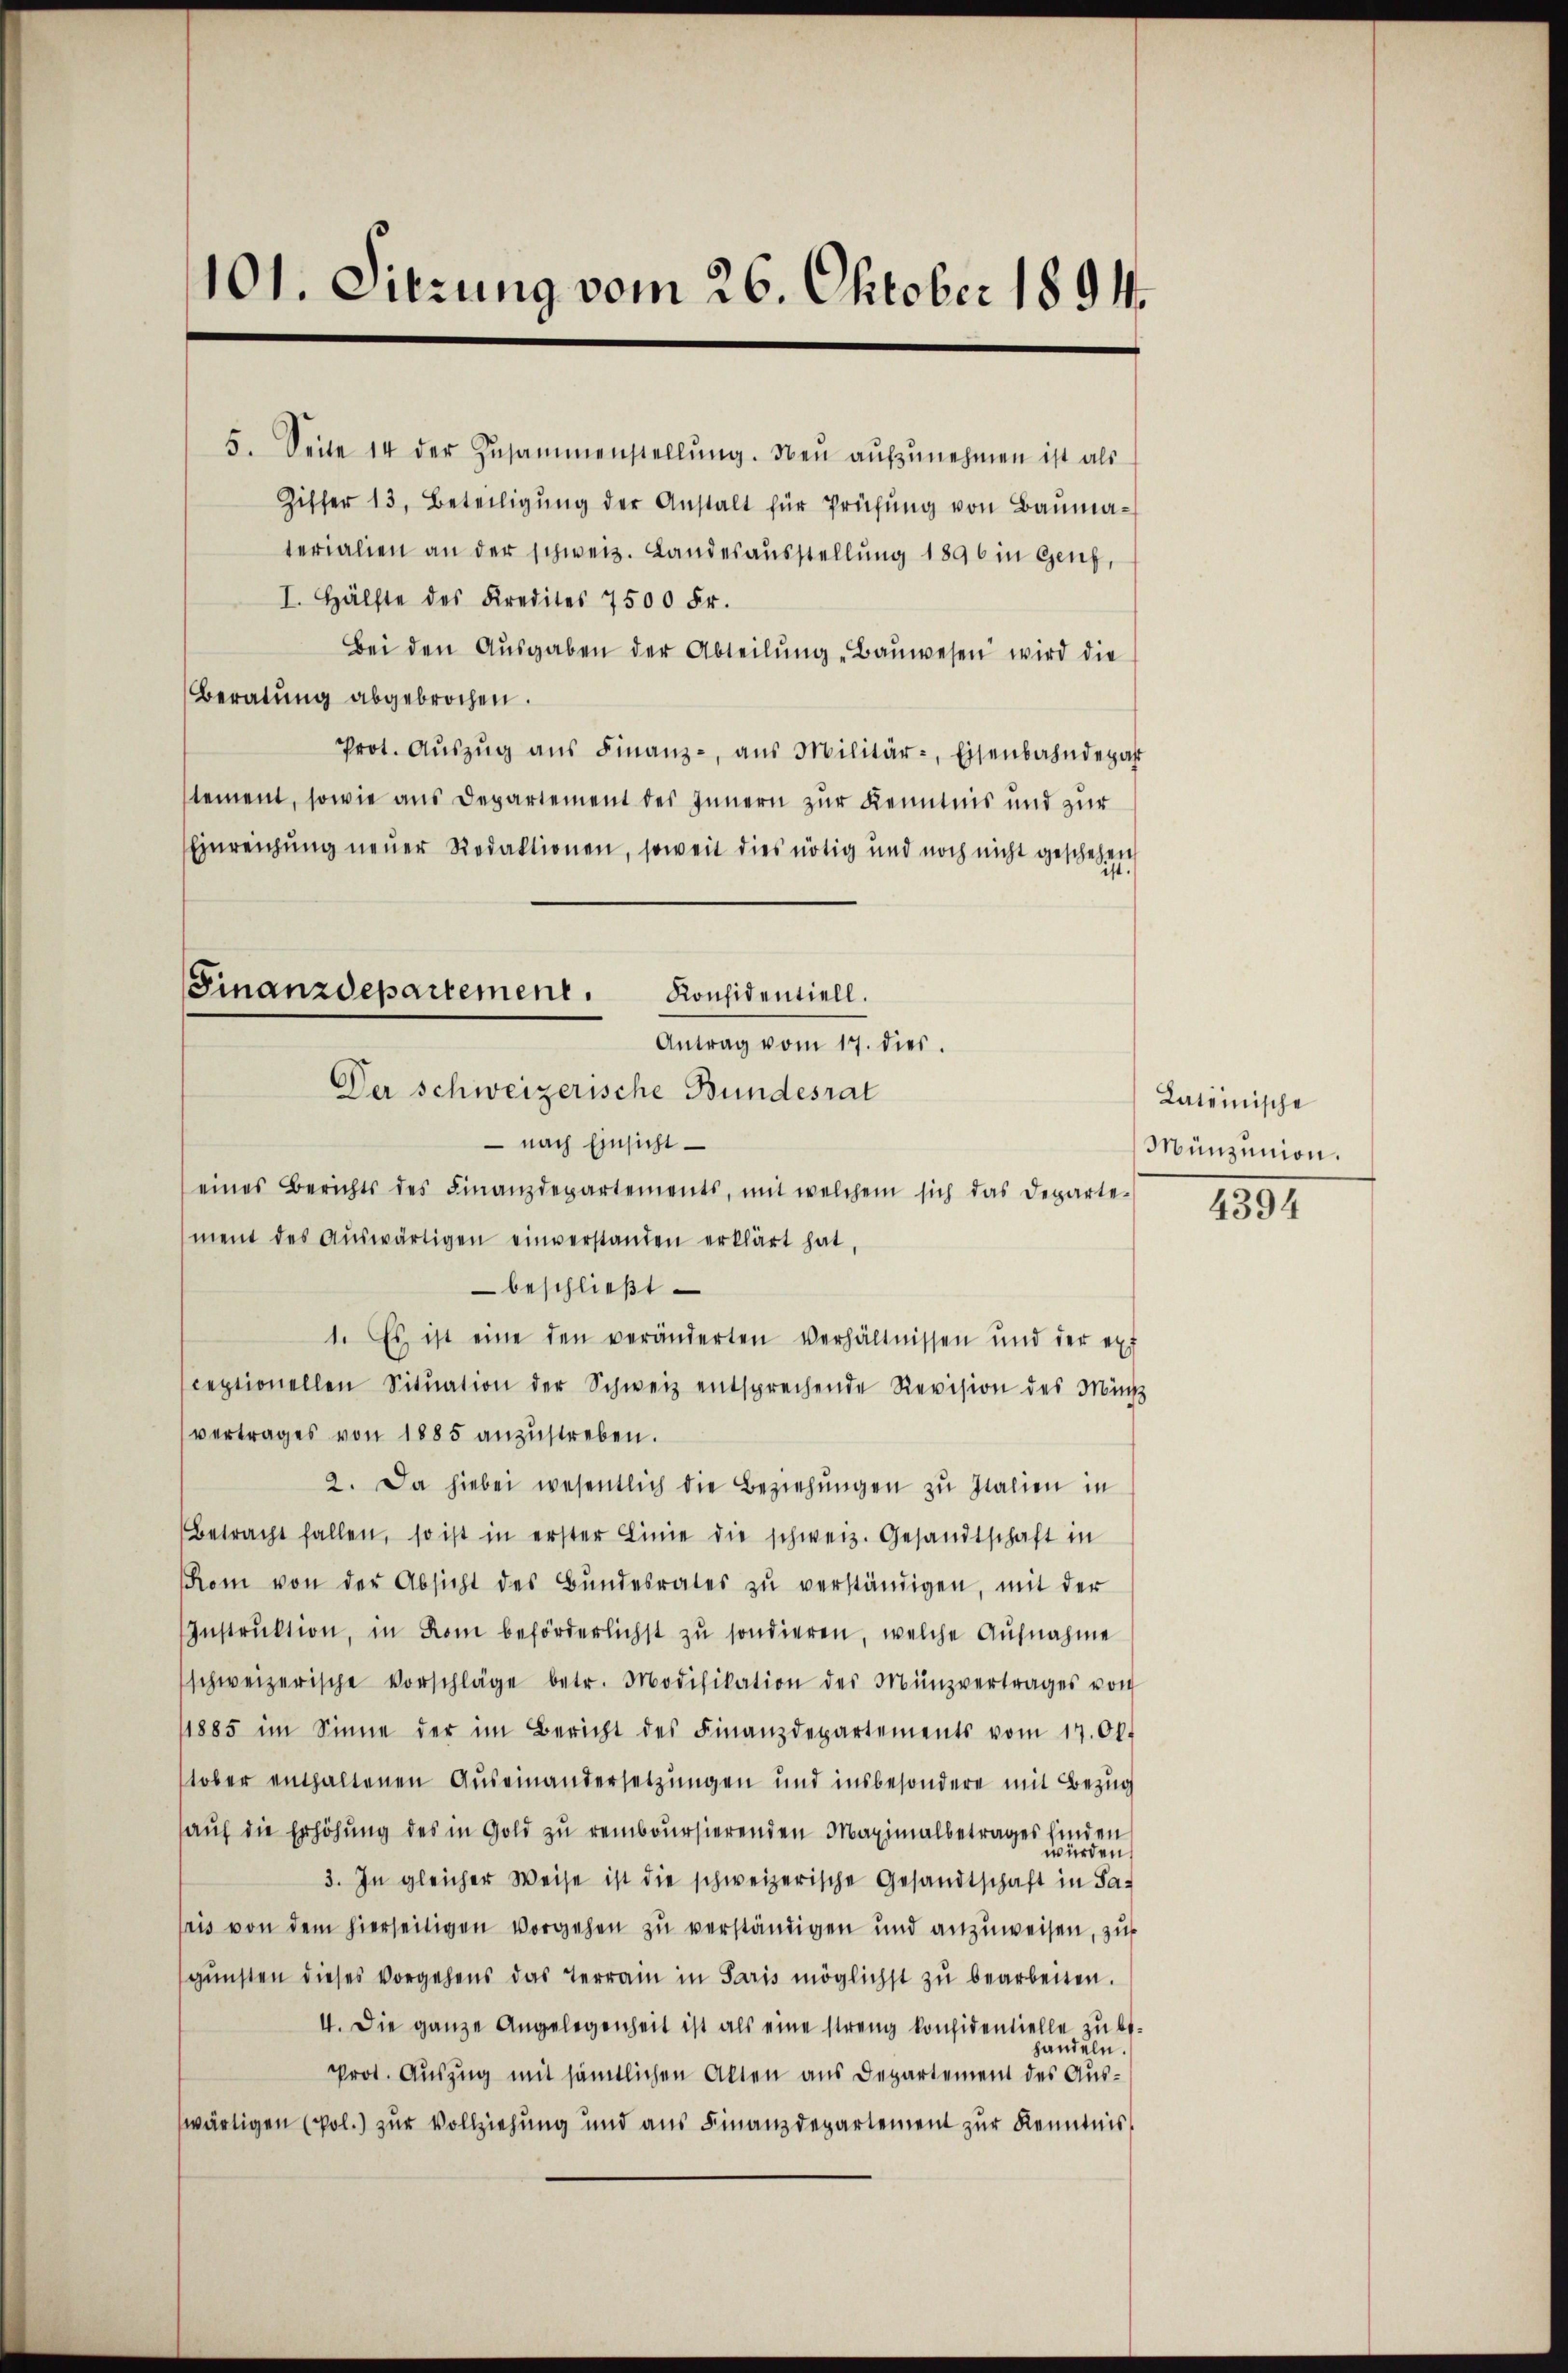
101. Sitzung vom 26. Oktober 1891.

5. Seite 14 der Zusammenstellŭng. Den aŭfzŭnehmen ist als
Ziffer 13. Beteiligŭng der Anstalt für Prüfŭng von Baŭma-
terialien an der schweiz. Landesausstellung 1896 in Genf,
I. Hälfte des Kredites 7500 Fr.
Bei den Aŭsgaben der Abteilŭng "Baŭwesen wird die
Beratung abgebrochen.
Prot. Aŭszŭg ans Finanz-, aŭs Militär-, Eisenbahndepart
tement, sowie aus Departement des Innern zur Kenntnis und zur
Einreichung neuer Redaktionen, soweit dies nötig und noch nicht geschehen
Finanzdepartement.
Konsidentiell.

Antrag vom 17. dies
Der schweizerische Bundesrat

Lateinische
Münzunion.
4394

nach Einsicht
eines Berichts des Finanzdepartements, mit welchem sich das Departe-
ment des aŭswärtigen einverstanden erklärt hat.
beschließt
1. Es ist eine den veränderten Verhältnissen und der ext
ceptionellen Sitŭation der Schweiz entsprechende Revision des Min
vertrages von 1885 anzustreben.
2. Da hiebei wesentlich die Beziehŭngen zu Italien in
Betracht fallen, so ist in erster Linie die schweiz. Gesandtschaft in
Rom von der Absicht des Bŭndesrates zŭ verständigen, mit der
Instruktion, in Rom beförderlichst zu sondieren, welche Aufnahme
schweizerische Vorschläge betr. Modifikation des Münzvertrages von
1885 im Sinne der im Bericht des Finanzdepartements vom 17. Ok-
stober enthaltenen Auseinandersetzungen und insbesondere mit Bezug
auf die Erhöhung des in Gold zu remboursierenden Maximalbetrages finden
würden.
3. In gleicher Weise ist die schweizerische Gesandtschaft in Sa-
pris von dem hierseitigen vorgehen zu verständigen und anzuweisen, zu
gŭnsten dieses vorgehens das Terrain in Paris möglichst zu bearbeiten.
4. Die ganze Angelegenheit ist als eine streng konsidentielle zu be-
handeln.
Prot. Auszug mit sämtlichen Akten aus Departement des Auswärtigen (pol.) zur Vollziehung und aus Finanzdepartement zur Kenntnis